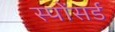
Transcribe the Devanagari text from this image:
स्पोंसर्ड